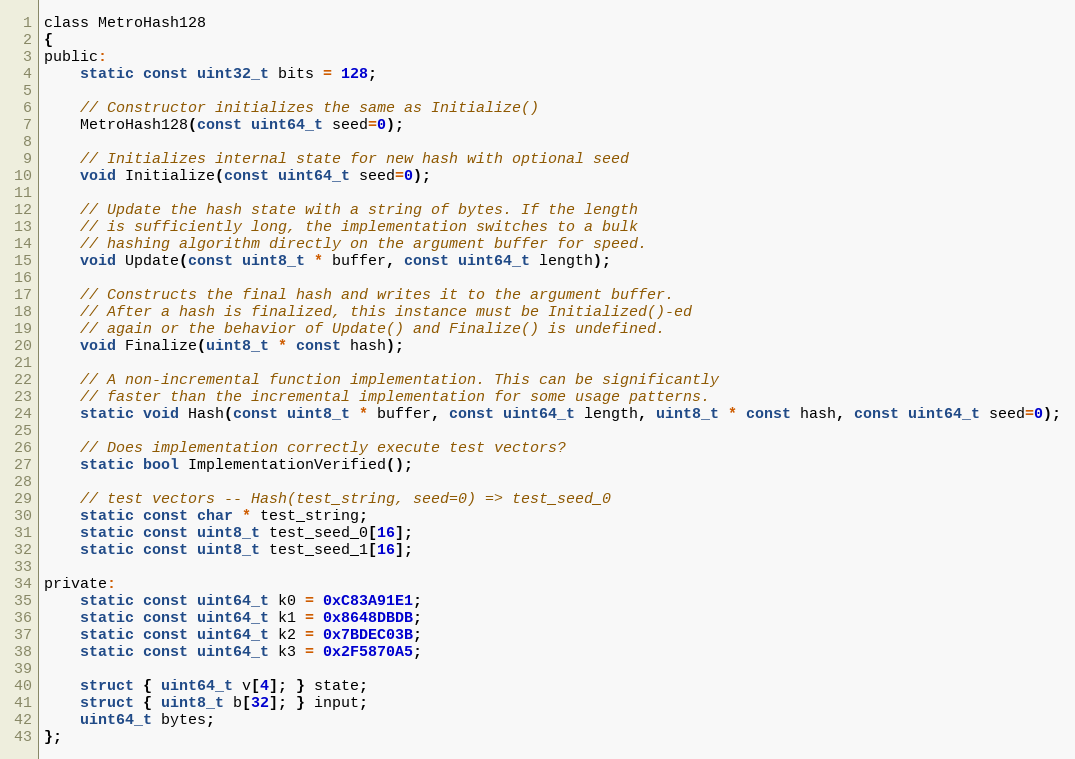
Language: C
class MetroHash128
{
public:
    static const uint32_t bits = 128;

    // Constructor initializes the same as Initialize()
    MetroHash128(const uint64_t seed=0);

    // Initializes internal state for new hash with optional seed
    void Initialize(const uint64_t seed=0);

    // Update the hash state with a string of bytes. If the length
    // is sufficiently long, the implementation switches to a bulk
    // hashing algorithm directly on the argument buffer for speed.
    void Update(const uint8_t * buffer, const uint64_t length);

    // Constructs the final hash and writes it to the argument buffer.
    // After a hash is finalized, this instance must be Initialized()-ed
    // again or the behavior of Update() and Finalize() is undefined.
    void Finalize(uint8_t * const hash);

    // A non-incremental function implementation. This can be significantly
    // faster than the incremental implementation for some usage patterns.
    static void Hash(const uint8_t * buffer, const uint64_t length, uint8_t * const hash, const uint64_t seed=0);

    // Does implementation correctly execute test vectors?
    static bool ImplementationVerified();

    // test vectors -- Hash(test_string, seed=0) => test_seed_0
    static const char * test_string;
    static const uint8_t test_seed_0[16];
    static const uint8_t test_seed_1[16];

private:
    static const uint64_t k0 = 0xC83A91E1;
    static const uint64_t k1 = 0x8648DBDB;
    static const uint64_t k2 = 0x7BDEC03B;
    static const uint64_t k3 = 0x2F5870A5;

    struct { uint64_t v[4]; } state;
    struct { uint8_t b[32]; } input;
    uint64_t bytes;
};